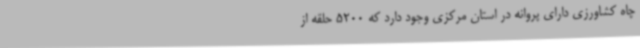
چاه کشاورزی دارای پروانه در استان مرکزی وجود دارد که 5200 حلقه از